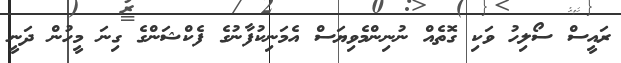
ރައީސް ސޯލިހު ވަކި ގޮތެއް ނުނިންމެވިޔަސް އެމަނިކުފާނުގެ ފެކްޝަންގެ ގިނަ މީހުން ދަނީ